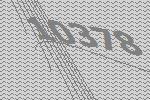
10378